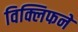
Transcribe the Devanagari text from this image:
विक्लिफने